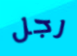
رجل